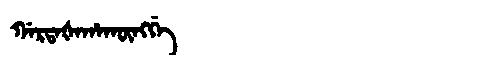
Manchu: ᡤᠠᡵᡨᠠᡧᠠᡥᠠᡴᡡᠩᡤᡝ
Romanization: GARTAŠAHAKŪNGGE